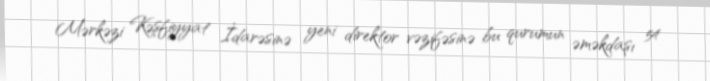
Mərkəzi Kəşfiyyat İdarəsinə yeni direktor vəzifəsinə bu qurumun əməkdaşı 54